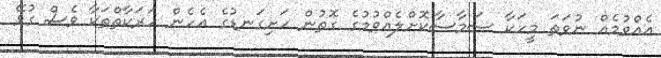
އެއްވުމެއް ނުވަތަ މީހަކާ ސަމާސާކޮށްލެއްވުމުގެ ގޮތުން ހަށިގަނޑުގެ އެހެން ހަރަކާތްތަކާ ވެސް ގުޅޭ